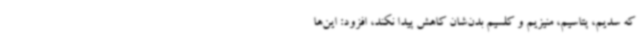
که سدیم، پتاسیم، منیزیم و کلسیم بدن‌شان کاهش پیدا نکند، افزود: این‌ها